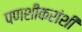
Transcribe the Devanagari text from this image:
पणशीकरांशी